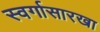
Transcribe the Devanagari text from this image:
स्वर्गासारखा